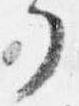
了